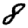
Digit: 8